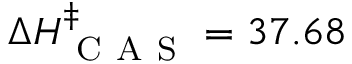
\Delta H _ { \mathrm { ~ C ~ A ~ S ~ } } ^ { \ddagger } = 3 7 . 6 8